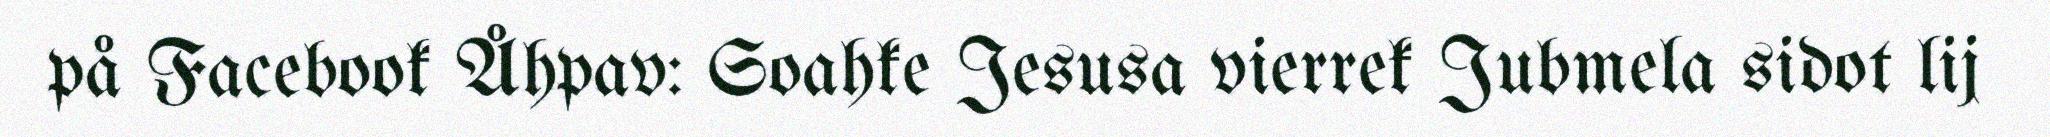
på Facebook Åhpav: Soahke Jesusa vierrek Jubmela sidot lij